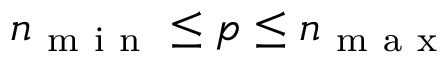
n _ { \mathrm { ~ m ~ i ~ n ~ } } \le p \le n _ { \mathrm { ~ m ~ a ~ x ~ } }